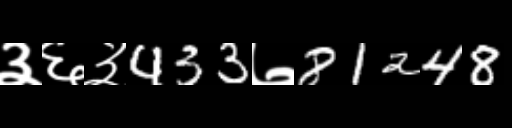
Text: ३६३433७81248